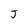
Character: J